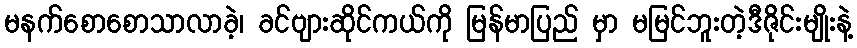
မနက်စောစောသာလာခဲ့၊ ခင်ဗျားဆိုင်ကယ်ကို မြန်မာပြည် မှာ မမြင်ဘူးတဲ့ဒီဇိုင်းမျိုးနဲ့